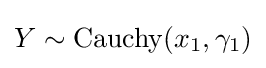
Y\sim \operatorname {Cauchy} (x_{1},\gamma _{1})